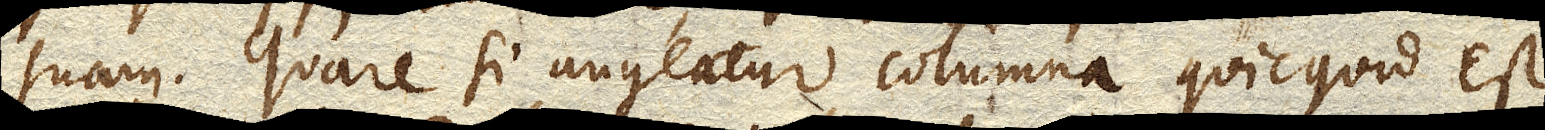
suam. Quare si augeatur columna quicquid est